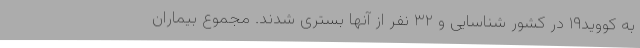
به کووید۱۹ در کشور شناسایی و ۳۲ نفر از آنها بستری شدند. مجموع بیماران